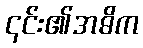
၎င်း၏အဓိက